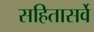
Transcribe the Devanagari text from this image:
सहितासर्वे